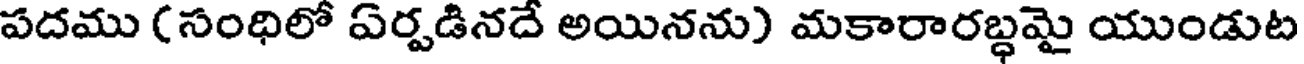
పదము (సంధిలో ఏర్పడినదే అయినను) మకారారబ్ధమై యుండుట